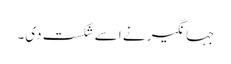
جہانگیر نے اسے شکست دی۔